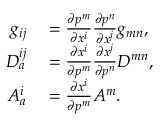
\begin{array} { r l } { g _ { i j } } & { { } = \frac { \partial p ^ { m } } { \partial x ^ { i } } \frac { \partial p ^ { n } } { \partial x ^ { j } } g _ { m n } , } \\ { D _ { a } ^ { i j } } & { { } = \frac { \partial x ^ { i } } { \partial p ^ { m } } \frac { \partial x ^ { j } } { \partial p ^ { n } } D ^ { m n } , } \\ { A _ { a } ^ { i } } & { { } = \frac { \partial x ^ { i } } { \partial p ^ { m } } A ^ { m } . } \end{array}